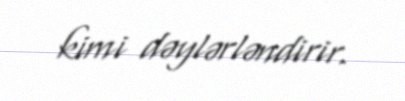
kimi dəylərləndirir.